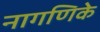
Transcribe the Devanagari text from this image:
नागणिके